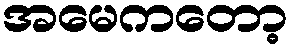
အမေကတော့